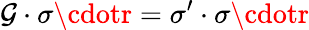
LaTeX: \mathcal{G}\cdot\sigma\cdotr=\sigma^{\prime}\cdot\sigma\cdotr